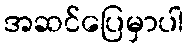
အဆင်ပြေမှာပါ